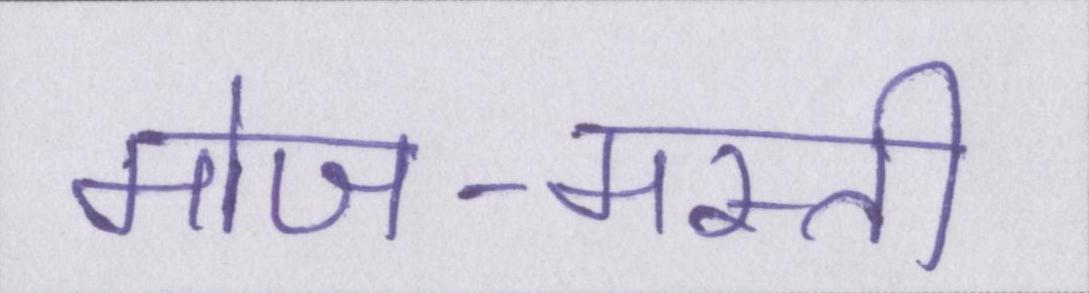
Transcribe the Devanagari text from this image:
मोज-मस्ती